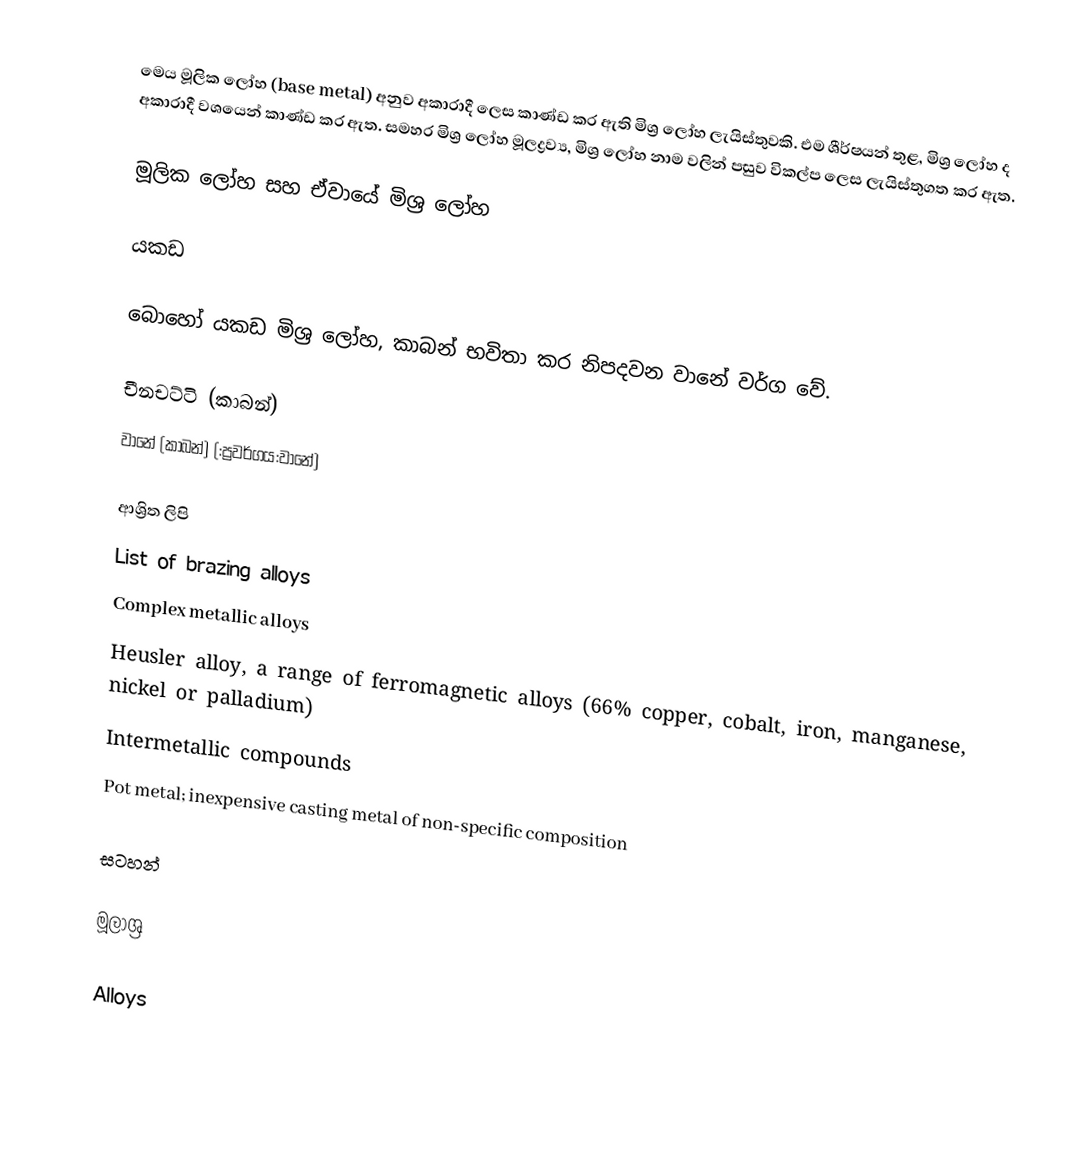
මෙය මූලික ලෝහ (base metal) අනුව අකාරාදී ලෙස කාණ්ඩ කර ඇති මිශ්‍ර ලෝහ ලැයිස්තුවකි. එම ශීර්ෂයන් තුළ, මිශ්‍ර ලෝහ ද අකාරාදී වශයෙන් කාණ්ඩ කර ඇත. සමහර මිශ්‍ර ලෝහ මූලද්‍රව්‍ය, මිශ්‍ර ලෝහ නාම වලින් පසුව විකල්ප ලෙස ලැයිස්තුගත කර ඇත.

මූලික ලෝහ සහ ඒවායේ මිශ්‍ර ලෝහ

යකඩ

බොහෝ යකඩ මිශ්‍ර ලෝහ, කාබන් භවිතා කර නිපදවන වානේ වර්ග වේ.

 චීනචට්ටි (කාබන්)
 වානේ (කාබන්) (:ප්‍රවර්ගය:වානේ)

ආශ්‍රිත ලිපි
 List of brazing alloys
 Complex metallic alloys
 Heusler alloy, a range of ferromagnetic alloys (66% copper, cobalt, iron, manganese, nickel or palladium)
 Intermetallic compounds
 Pot metal; inexpensive casting metal of non-specific composition

සටහන්

මූලාශ්‍ර

Alloys